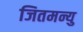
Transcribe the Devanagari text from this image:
जितमन्यु